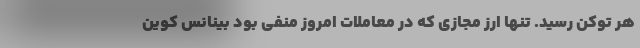
هر توکن رسید. تنها ارز مجازی که در معاملات امروز منفی بود بینانس کوین